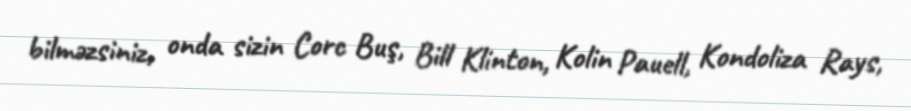
bilməzsiniz, onda sizin Corc Buş, Bill Klinton, Kolin Pauell, Kondoliza Rays,